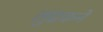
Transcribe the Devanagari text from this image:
लुढकने